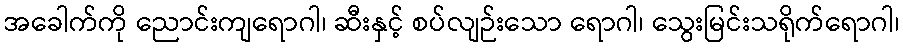
အခေါက်ကို ညောင်းကျရောဂါ၊ ဆီးနှင့် စပ်လျဉ်းသော ရောဂါ၊ သွေးမြင်းသရိုက်ရောဂါ၊